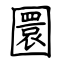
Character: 圜